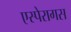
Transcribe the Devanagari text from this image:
एस्पेरागस